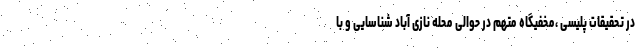
در تحقیقات پلیسی ،مخفیگاه متهم در حوالی محله نازی آباد شناسایی و با